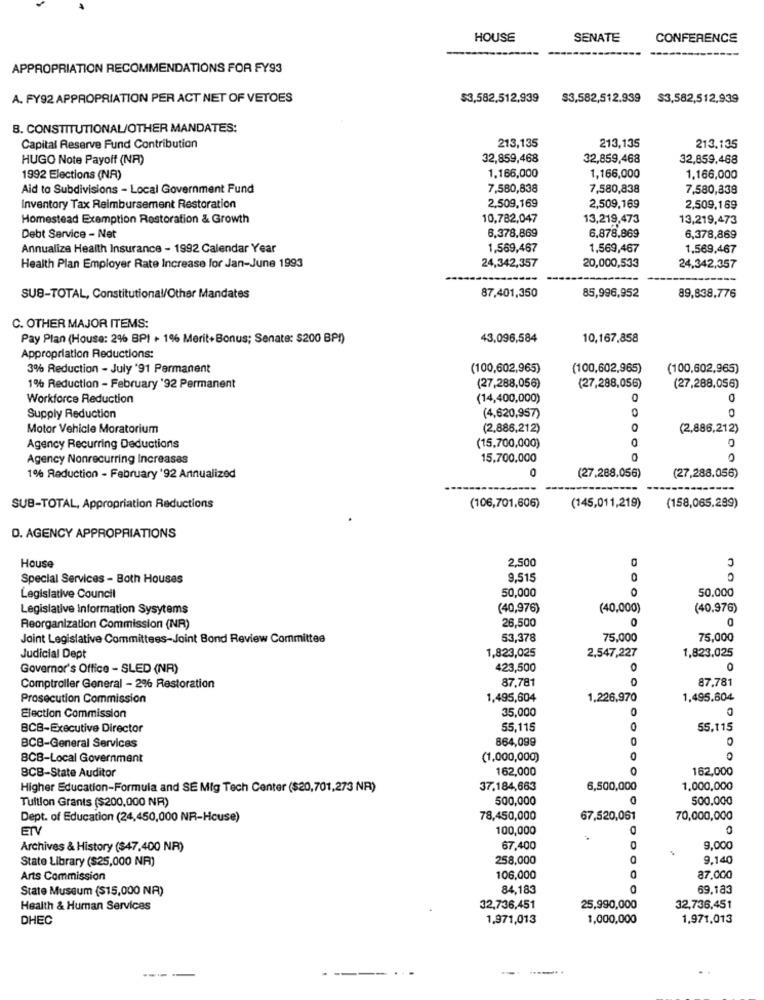
HOUSE
SENATE
CONFERENCE
APPROPRIATION RECOMMENDATIONS FOR FY93
A. FY92 APPROPRIATION PER ACT NET OF VETOES
$3,582,512,939
$3,582,512,939
$3,582,512,939
8. CONSTITUTIONAL/OTHER MANDATES:
Capital Reserve Fund Contribution
213,135
213,135
213.135
HUGO Note Payoff (NR)
32,859,468
32,859,468
32,859,468
1992 Elections (NR)
1.166,000
1,166,000
1.166,000
Aid to Subdivisions - Local Government Fund
7,580,838
7,580,838
7,580,838
Inventory Tax Reimbursement Restoration
2,509,169
2,509,169
2,509,169
Homestead Exemption Restoration & Growth
10,782,047
13,219,473
13,219,473
6,378,869
Debt Service - Net
6.878.869
6,378,869
Annualize Health Insurance - 1992 Calendar Year
1,569,467
1,569,467
1,569,467
24,342,357
Health Plan Employer Rate Increase for Jan-June 1993
20,000,533
24,342,357
SUB-TOTAL, Constitutional/Other Mandates
87,401,350
85,996,952
89,838,776
C. OTHER MAJOR ITEMS:
Pay Plan (House: 2% BPI + 1% Merit+Bonus; Senate: $200 BP!)
43,096,584
10,167,858
Appropriation Reductions:
3% Reduction - July '91 Permanent
(100,602,965)
(100,602,965)
(100,602,965)
1% Reduction - February '92 Permanent
(27,288,056)
(27,288,056)
(27,288,056)
Workforce Reduction
(14,400,000)
0
0
Supply Reduction
(4,620,957)
Motor Vehicle Moratorium
(2,886,212)
0
(2,886,212)
0
Agency Recurring Deductions
(15,700,000)
Agency Nonrecurring Increases
15,700,000
0
O
1% Reduction - February '92 Annualized
(27,288.056)
(27,288.056)
SUB-TOTAL, Appropriation Reductions
(106,701,606)
(145,011,219)
(158,065.289)
D. AGENCY APPROPRIATIONS
House
2,500
Special Services - Both Houses
9,515
0
50,000
50.000
Legislative Council
Legislative Information Sysytems
(40,976)
(40,000)
(40.976)
26,500
0
Reorganization Commission (NR)
Joint Legislative Committees-Joint Bond Review Committee
53,378
75,000
75,000
1,823,025
2,547,227
1,823,025
Judicial Dept
Governor's Office - SLED (NR)
423,500
0
87.781
87.781
Comptroller General - 2% Restoration
Prosecution Commission
1,495,604
1,226,970
1,495.604
35,000
O
Election Commission
BCB-Executive Director
55,115
55,115
864,099
0
O
BC8-General Services
BCB-Local Government
(1,000,000)
0
0
162,000
162,000
BCB-State Auditor
Higher Education-Formula and SE Mig Tech Center ($20,701,273 NR)
37.184,663
6,500,000
1,000,000
Tultlon Grants ($200,000 NR)
500,000
500.000
Dept. of Education (24,450,000 NR-House)
78,450,000
67.520,061
70,000,000
ETV
100,000
0
Archives & History ($47,400 NR)
67,400
9,000
State Library ($25,000 NA)
258,000
9.140
0
Arts Commission
106,000
87.000
State Museum ($15,000 NR)
84,183
0
69.183
Health & Human Services
32,736,451
25,990,000
32,736,451
DHEC
1.971,013
1,000,000
1,971,013
--